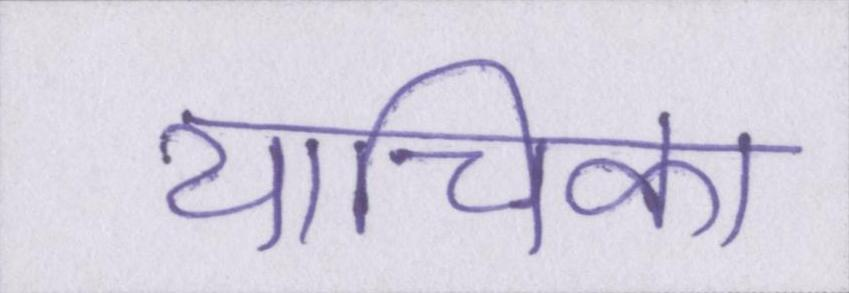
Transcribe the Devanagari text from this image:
याचिका